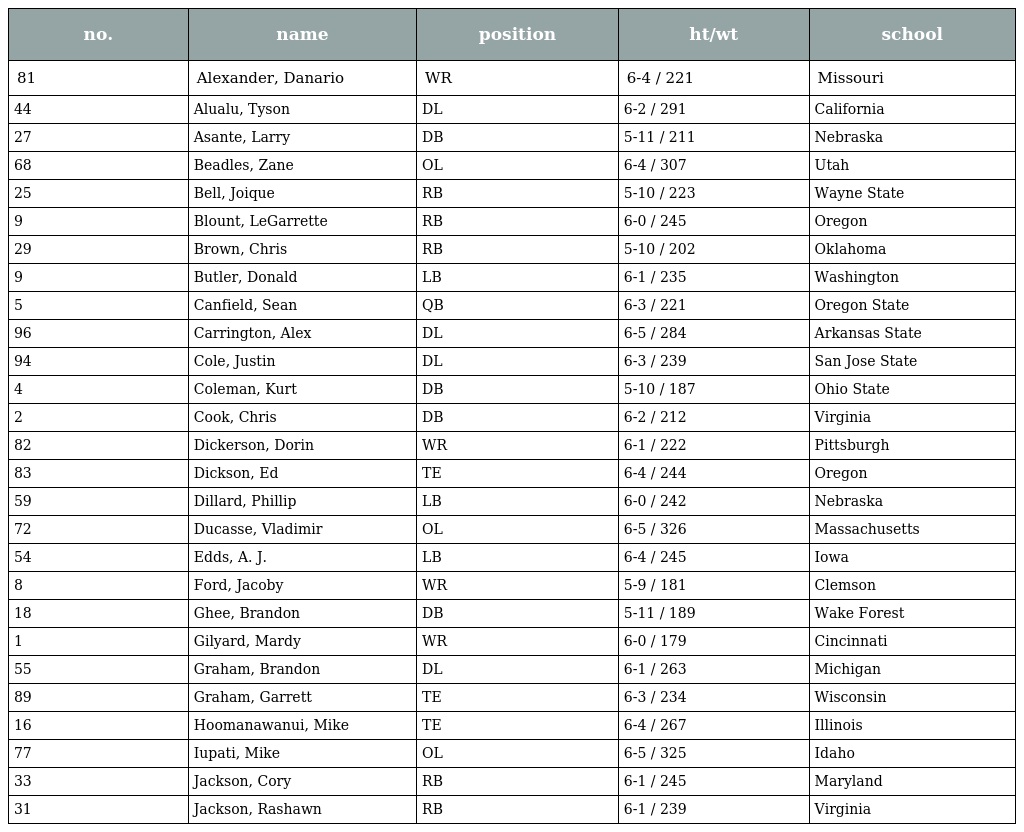
| no. | name | position | ht/wt | school |
 | --- | --- | --- | --- | --- |
 | 81 | Alexander, Danario | WR | 6-4 / 221 | Missouri |
 | 44 | Alualu, Tyson | DL | 6-2 / 291 | California |
 | 27 | Asante, Larry | DB | 5-11 / 211 | Nebraska |
 | 68 | Beadles, Zane | OL | 6-4 / 307 | Utah |
 | 25 | Bell, Joique | RB | 5-10 / 223 | Wayne State |
 | 9 | Blount, LeGarrette | RB | 6-0 / 245 | Oregon |
 | 29 | Brown, Chris | RB | 5-10 / 202 | Oklahoma |
 | 9 | Butler, Donald | LB | 6-1 / 235 | Washington |
 | 5 | Canfield, Sean | QB | 6-3 / 221 | Oregon State |
 | 96 | Carrington, Alex | DL | 6-5 / 284 | Arkansas State |
 | 94 | Cole, Justin | DL | 6-3 / 239 | San Jose State |
 | 4 | Coleman, Kurt | DB | 5-10 / 187 | Ohio State |
 | 2 | Cook, Chris | DB | 6-2 / 212 | Virginia |
 | 82 | Dickerson, Dorin | WR | 6-1 / 222 | Pittsburgh |
 | 83 | Dickson, Ed | TE | 6-4 / 244 | Oregon |
 | 59 | Dillard, Phillip | LB | 6-0 / 242 | Nebraska |
 | 72 | Ducasse, Vladimir | OL | 6-5 / 326 | Massachusetts |
 | 54 | Edds, A. J. | LB | 6-4 / 245 | Iowa |
 | 8 | Ford, Jacoby | WR | 5-9 / 181 | Clemson |
 | 18 | Ghee, Brandon | DB | 5-11 / 189 | Wake Forest |
 | 1 | Gilyard, Mardy | WR | 6-0 / 179 | Cincinnati |
 | 55 | Graham, Brandon | DL | 6-1 / 263 | Michigan |
 | 89 | Graham, Garrett | TE | 6-3 / 234 | Wisconsin |
 | 16 | Hoomanawanui, Mike | TE | 6-4 / 267 | Illinois |
 | 77 | Iupati, Mike | OL | 6-5 / 325 | Idaho |
 | 33 | Jackson, Cory | RB | 6-1 / 245 | Maryland |
 | 31 | Jackson, Rashawn | RB | 6-1 / 239 | Virginia |